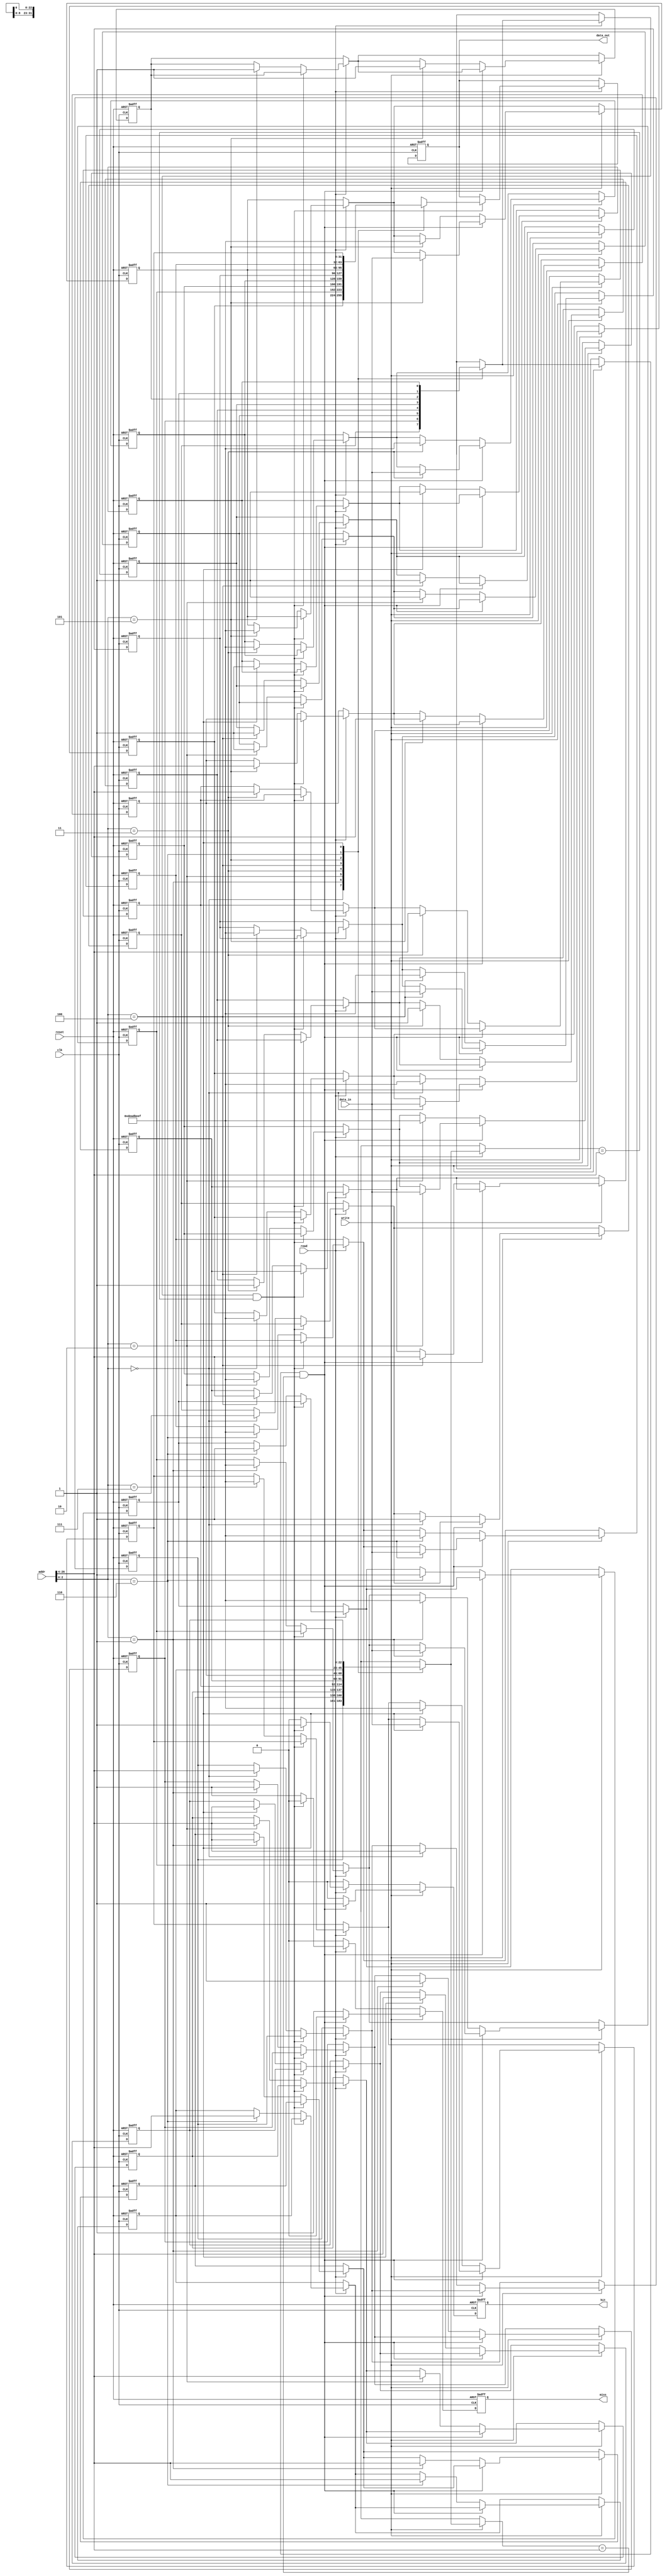
module L2Cache #(parameter ADDR_WIDTH = 32,          // Width of the address
                 parameter DATA_WIDTH = 32,          // Width of the data bus
                 parameter CACHE_SIZE = 256,         // Size of the cache in bytes
                 parameter BLOCK_SIZE = 32,          // Block size in bytes
                 parameter NUM_BLOCKS = CACHE_SIZE / BLOCK_SIZE, // Total number of blocks
                 parameter INDEX_WIDTH = 4,          // Log2(NUM_BLOCKS)
                 parameter TAG_WIDTH = ADDR_WIDTH - INDEX_WIDTH - $clog2(BLOCK_SIZE)) // Tag width
(
    input clk,
    input reset,
    input [ADDR_WIDTH-1:0] addr,
    input [DATA_WIDTH-1:0] data_in,
    input read,
    input write,
    output reg [DATA_WIDTH-1:0] data_out,
    output reg hit,
    output reg miss
);

    reg [DATA_WIDTH-1:0] data_array[0:NUM_BLOCKS-1]; // Data array
    reg [TAG_WIDTH-1:0] tag_array[0:NUM_BLOCKS-1];   // Tag array
    reg valid_bits[0:NUM_BLOCKS-1];                  // Valid bits
    reg [NUM_BLOCKS-1:0] dirty_bits;                  // Dirty bits for write-back policy

    wire [INDEX_WIDTH-1:0] index;                     // Cache index
    wire [TAG_WIDTH-1:0] tag;                          // Cache tag
    wire [BLOCK_SIZE-1:0] offset;                     // Byte offset

    assign index = addr[INDEX_WIDTH-1:0];             // Extract index
    assign tag = addr[ADDR_WIDTH-1:INDEX_WIDTH];      // Extract tag
    assign offset = addr[BLOCK_SIZE-1:0];             // Extract offset

    // Initial cache setup
    integer i;
    initial begin
        for (i = 0; i < NUM_BLOCKS; i = i + 1) begin
            valid_bits[i] = 0;
            dirty_bits[i] = 0;
            data_array[i] = 0;
            tag_array[i] = 0;
        end
    end

    // Read and Write Operation
    always @(posedge clk or posedge reset) begin
        if (reset) begin
            for (i = 0; i < NUM_BLOCKS; i = i + 1) begin
                valid_bits[i] = 0;
                dirty_bits[i] = 0;
                data_array[i] = 0;
                tag_array[i] = 0;
            end
            hit <= 0;
            miss <= 0;
            data_out <= 0;
        end else begin
            hit <= 0;
            miss <= 0;

            if (read) begin
                // Check if there is a cache hit
                if (valid_bits[index] && (tag_array[index] == tag)) begin
                    hit <= 1;
                    miss <= 0;
                    data_out <= data_array[index]; // Read data from cache
                end else begin
                    hit <= 0;
                    miss <= 1;
                    // Load data from main memory (not implemented):
                    // data_out <= LoadFromMemory(addr);
                    // Load data into cache, updating tag and validity
                    valid_bits[index] <= 1;
                    tag_array[index] <= tag;
                    // Assume this is the data fetched from main memory
                    data_array[index] <= 'hDEADBEEF; // Placeholder data
                end
            end
            
            if (write) begin
                // Write data to cache (write-through policy)
                if (valid_bits[index] && (tag_array[index] == tag)) begin
                    hit <= 1;
                    miss <= 0;
                    data_array[index] <= data_in; // Update data in cache
                end else begin
                    hit <= 0;
                    miss <= 1;
                    // Load data from main memory and write to cache
                    valid_bits[index] <= 1;
                    tag_array[index] <= tag;
                    // Again assumes fetched from memory
                    data_array[index] <= 'hDEADBEEF; // Placeholder data
                end
                // Write data to main memory (not implemented):
                // WriteToMemory(addr, data_in);
            end
        end
    end
endmodule